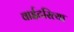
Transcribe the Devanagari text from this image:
वाईटरित्या